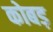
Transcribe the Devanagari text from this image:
कोबड़